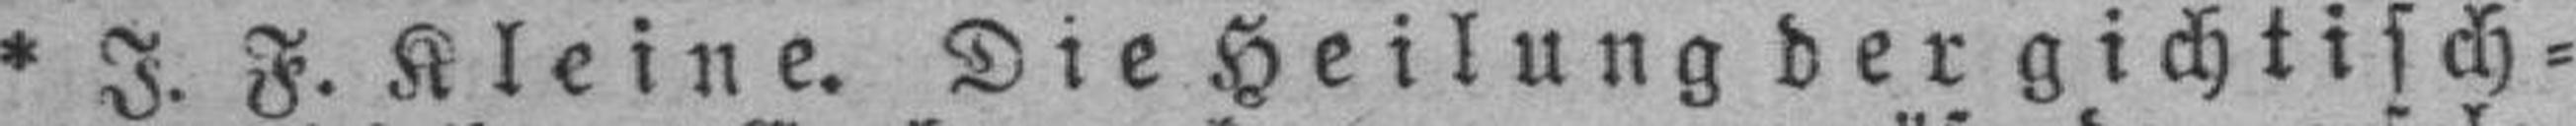
* J. F. Kleine. Die Heilung der gichtisch¬